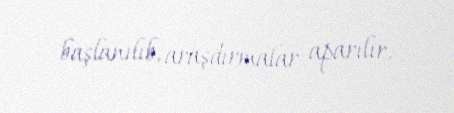
başlanılıb, araşdırmalar aparılır.